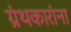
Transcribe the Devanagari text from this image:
ग्रंथकारांना